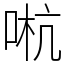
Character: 𠵉